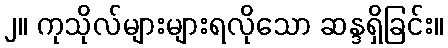
၂။ ကုသိုလ်များများရလိုသော ဆန္ဒရှိခြင်း။